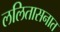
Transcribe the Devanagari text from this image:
ललितासनात